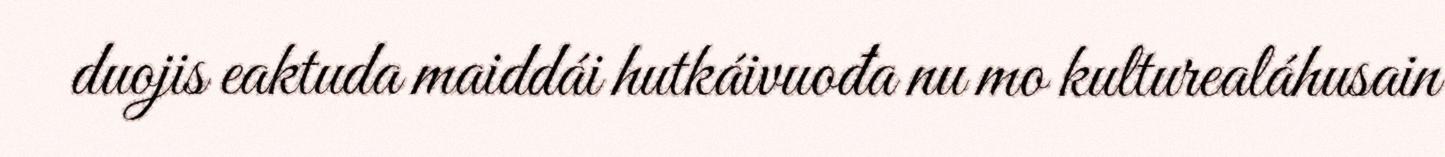
duojis eaktuda maiddái hutkáivuođa nu mo kulturealáhusain